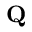
{ \bf Q }